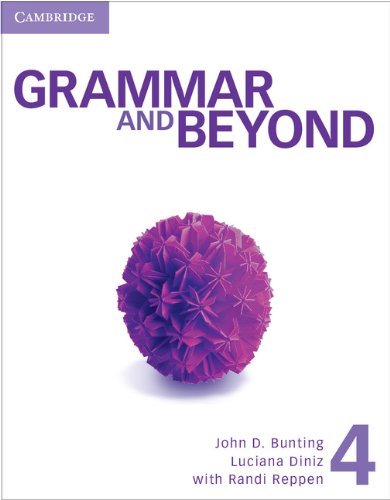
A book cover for Grammar and Beyond Level 4 Student's Book and Workbook; Laurie Blass; Reference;